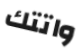
واتتك